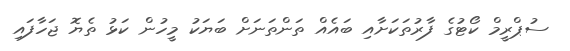
ސުޕްރީމް ކޯޓުގެ ފާރުތަކަށާއި ބައެއް ތަންތަނަށް ބަޔަކު މީހުން ކަޅު ތެޔޮ ޖަހާފައި